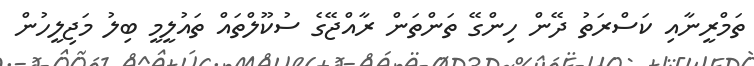
ތަމްރީނާއި ކަސްރަތު ދޭން ހިންގޭ ތަންތަން ރާއްޖޭގެ ސުކޫލްތައް ތައުލީމީ ބިލު މަޖިލީހުން